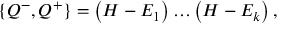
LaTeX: \{ Q ^ { - } , Q ^ { + } \} = \left( H - E _ { 1 } \right) \ldots \left( H - E _ { k } \right) ,